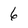
Character: 6